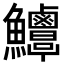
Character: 𩽶